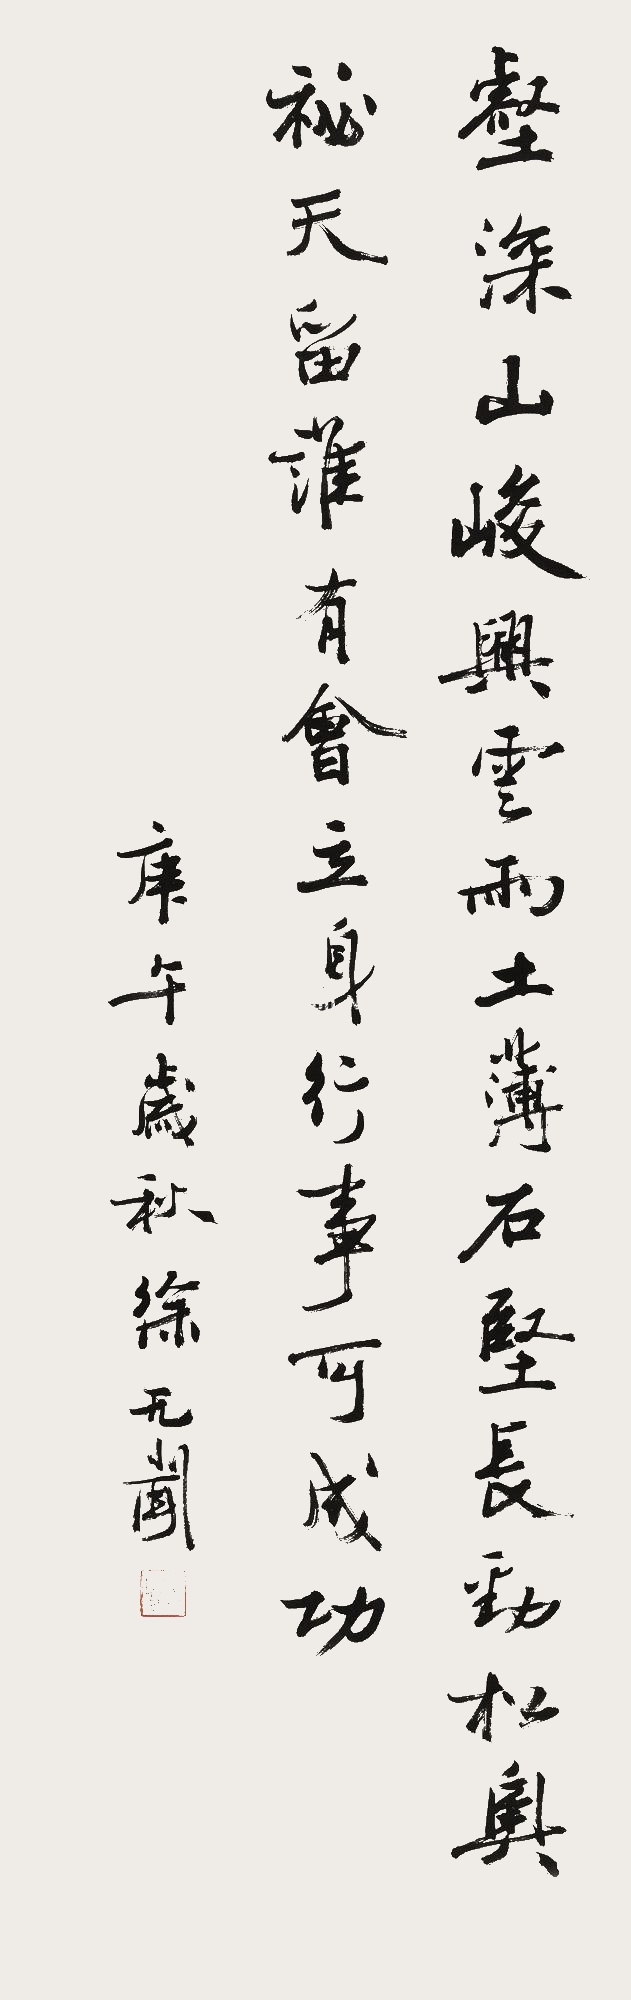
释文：壑深山峻兴云雨，土薄石坚长劲松。奥秘天留谁有会，立身行事可成功。庚午岁秋，徐无闻。